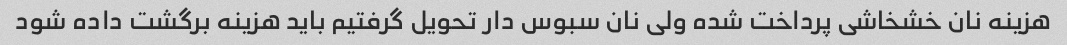
هزینه نان خشخاشی پرداخت شده ولی نان سبوس دار تحویل گرفتیم باید هزینه برگشت داده شود